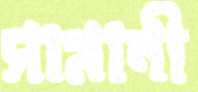
সামানী